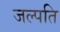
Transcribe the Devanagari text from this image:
जल्पति